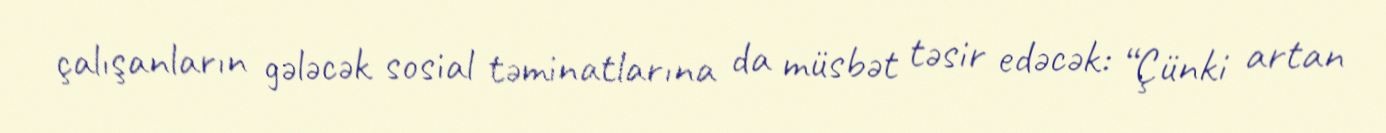
çalışanların gələcək sosial təminatlarına da müsbət təsir edəcək: “Çünki artan